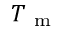
T _ { \mathrm { ~ m ~ } }